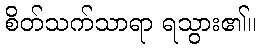
စိတ်သက်သာရာ ရသွား၏။